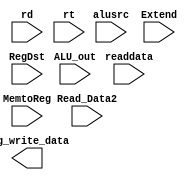
module Mux(
    input alusrc,
    input [31:0] Read_Data2, Extend, ALU_out, readdata,
    input [4:0] rd, rt, 
    input RegDst, MemtoReg,
    //output reg [4:0] Write_Reg_Num,
    output reg [31:0]/* ALU_Src2,*/ reg_write_data
    );
    
    //Write Register selection
    always @ (*) 
    begin
	//	case(RegDst)
		//	0: Write_Reg_Num <= rt;
	   //  1: Write_Reg_Num <= rd;
	//	endcase
    //ALU source for lw/sw and R type instructions
       // case (alusrc)
		//	0: ALU_Src2 <= Read_Data2 ;
	//		1: ALU_Src2 <= Extend;
	//	endcase
    end
    always@(*)
    begin
	//	case (MemtoReg)
	//		0: reg_write_data <= ALU_out;
	//		1: reg_write_data <= readdata;
//		endcase
	end
        
endmodule